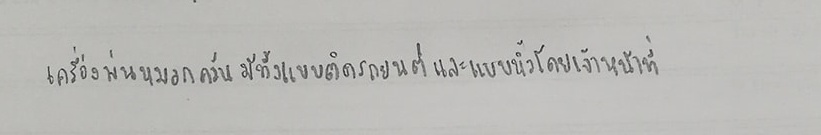
เครื่องพ่นหมอกควันมีทั้งแบบติดรถยนต์และแบบหิ้วโดยเจ้าหน้าที่